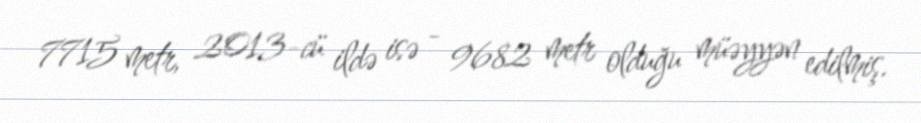
7715 metr, 2013-cü ildə isə - 9682 metr olduğu müəyyən edilmiş.